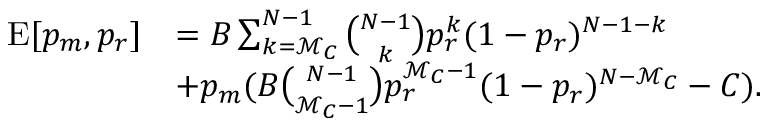
\begin{array} { r l } { \mathrm { E } [ p _ { m } , p _ { r } ] } & { = B \sum _ { k = \mathcal { M } _ { C } } ^ { N - 1 } { \binom { N - 1 } { k } } p _ { r } ^ { k } ( 1 - p _ { r } ) ^ { N - 1 - k } } \\ & { + p _ { m } ( B { \binom { N - 1 } { \mathcal { M } _ { C } - 1 } } p _ { r } ^ { \mathcal { M } _ { C } - 1 } ( 1 - p _ { r } ) ^ { N - \mathcal { M } _ { C } } - C ) . } \end{array}